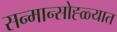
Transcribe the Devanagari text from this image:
सन्मान्सोह्ळ्यात